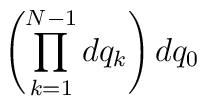
\left(\prod^{N-1}_{k=1} dq_k \right) dq_0